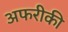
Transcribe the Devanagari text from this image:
अफरीकी